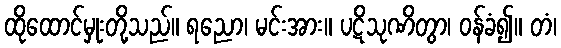
ထိုထောင်မှုးတို့သည်။ ရညော၊ မင်းအား။ ပဋိသုဏိတွာ၊ ဝန်ခံ၍။ တံ၊